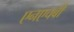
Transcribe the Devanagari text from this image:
एनएचबी